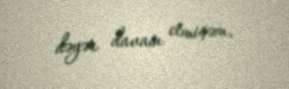
dəyər davası etmişəm.